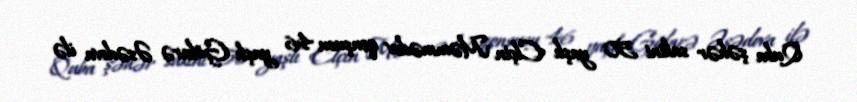
Quba şəhər sakini 50 yaşlı Elçin Məmmədov qonşusu 46 yaşlı Gülarə Əsədova ilə